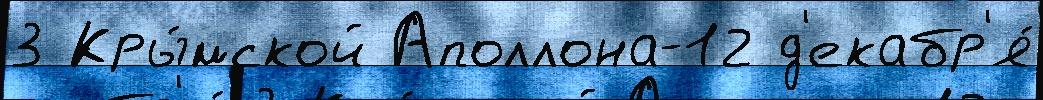
3 Кры́мской Аполлона-12 д'екабр'я́